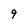
Character: 9